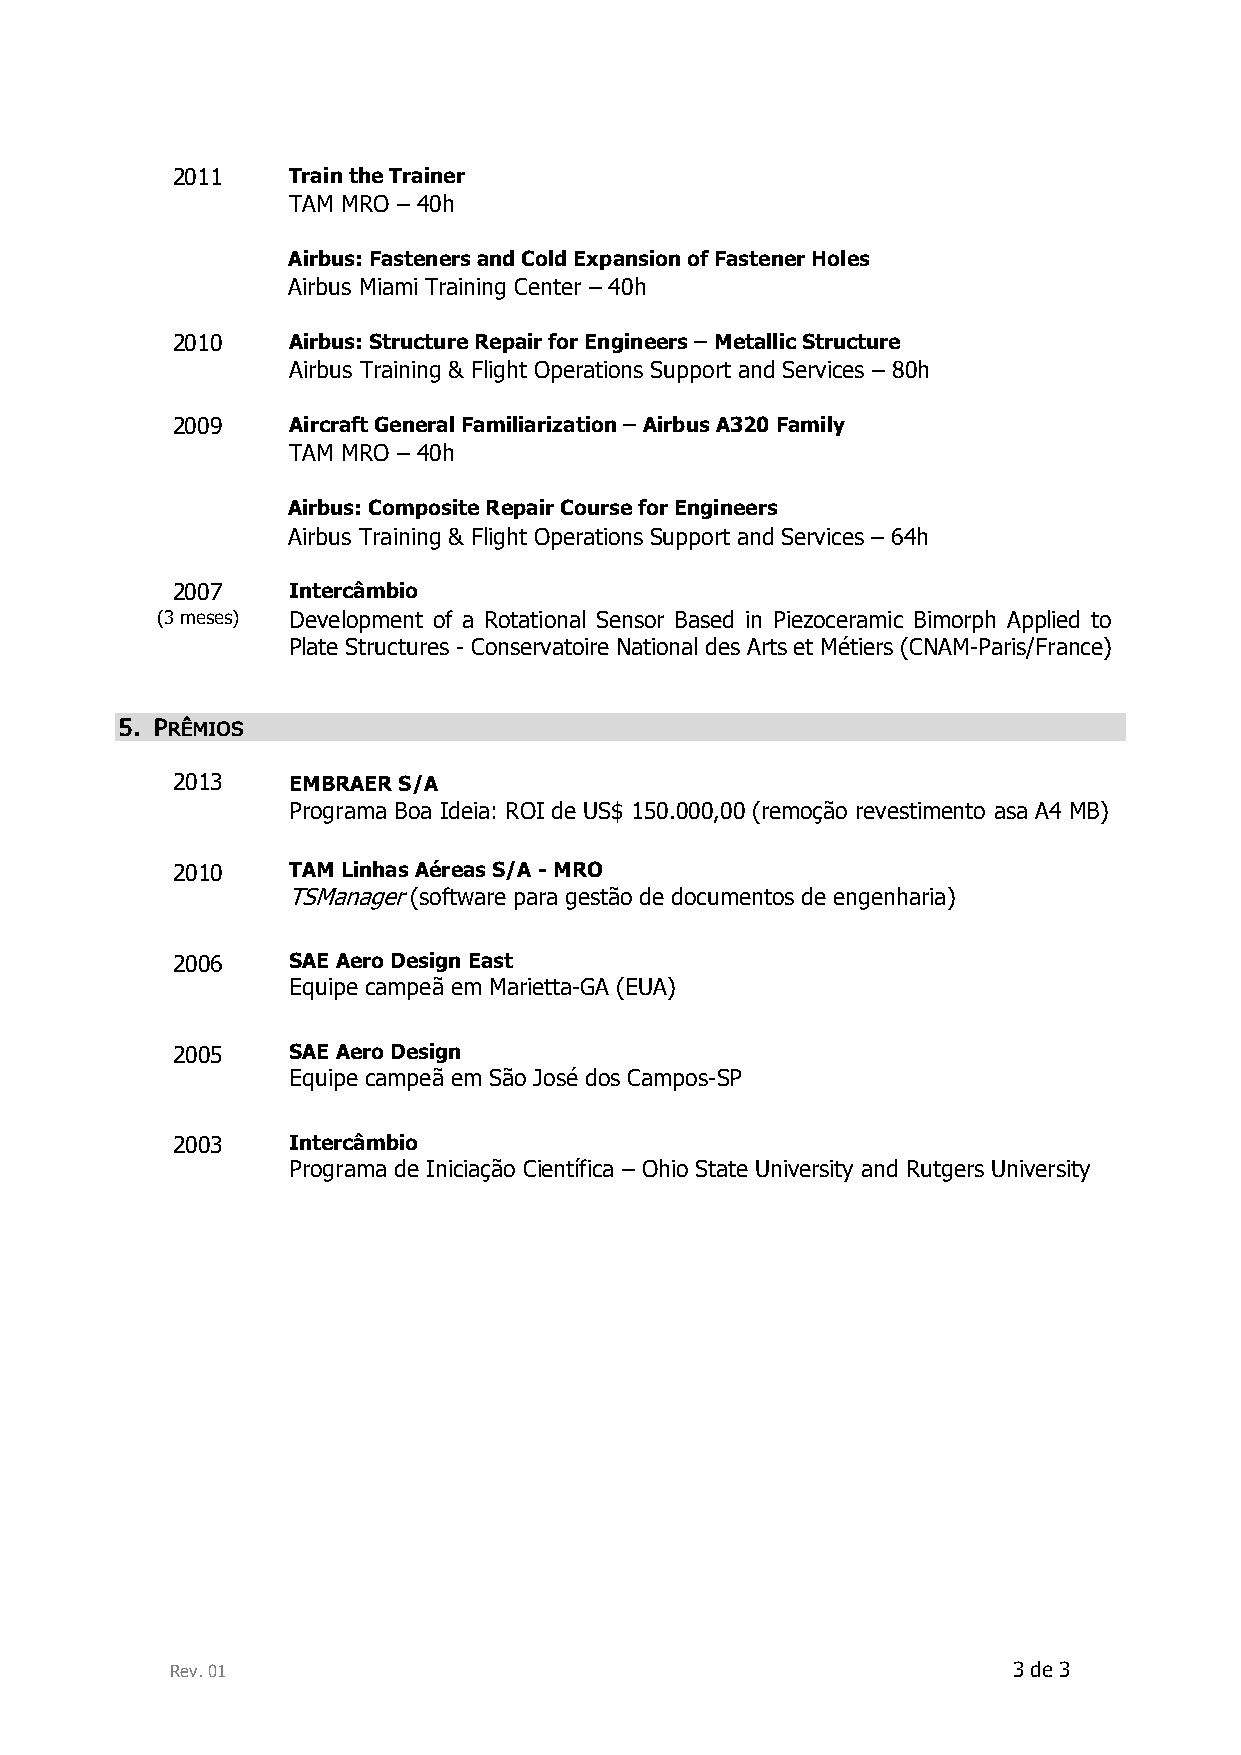
2011    Train the Trainer
 TAM MRO – 40h
 Airbus: Fasteners and Cold Expansion of Fastener Holes
 Airbus Miami Training Center – 40h
 2010    Airbus: Structure Repair for Engineers – Metallic Structure
 Airbus Training & Flight Operations Support and Services – 80h
 2009    Aircraft General Familiarization – Airbus A320 Family
 TAM MRO – 40h
 Airbus: Composite Repair Course for Engineers
 Airbus Training & Flight Operations Support and Services – 64h
 2007    Intercâmbio
 (3 meses) Development of a Rotational Sensor Based in Piezoceramic Bimorph Applied to
 Plate Structures - Conservatoire National des Arts et Métiers (CNAM-Paris/France)
 5. PRÊMIOS
 2013    EMBRAER S/A
 Programa Boa Ideia: ROI de US$ 150.000,00 (remoção revestimento asa A4 MB)
 2010    TAM Linhas Aéreas S/A - MRO
 TSManager (software para gestão de documentos de engenharia)
 2006    SAE Aero Design East
 Equipe campeã em Marietta-GA (EUA)
 2005    SAE Aero Design
 Equipe campeã em São José dos Campos-SP
 2003    Intercâmbio
 Programa de Iniciação Científica – Ohio State University and Rutgers University
 Rev. 01                                                 3 de 3